38_143685_box7_Incident_Summaries_1-100
Agency: Department of War
Page 23
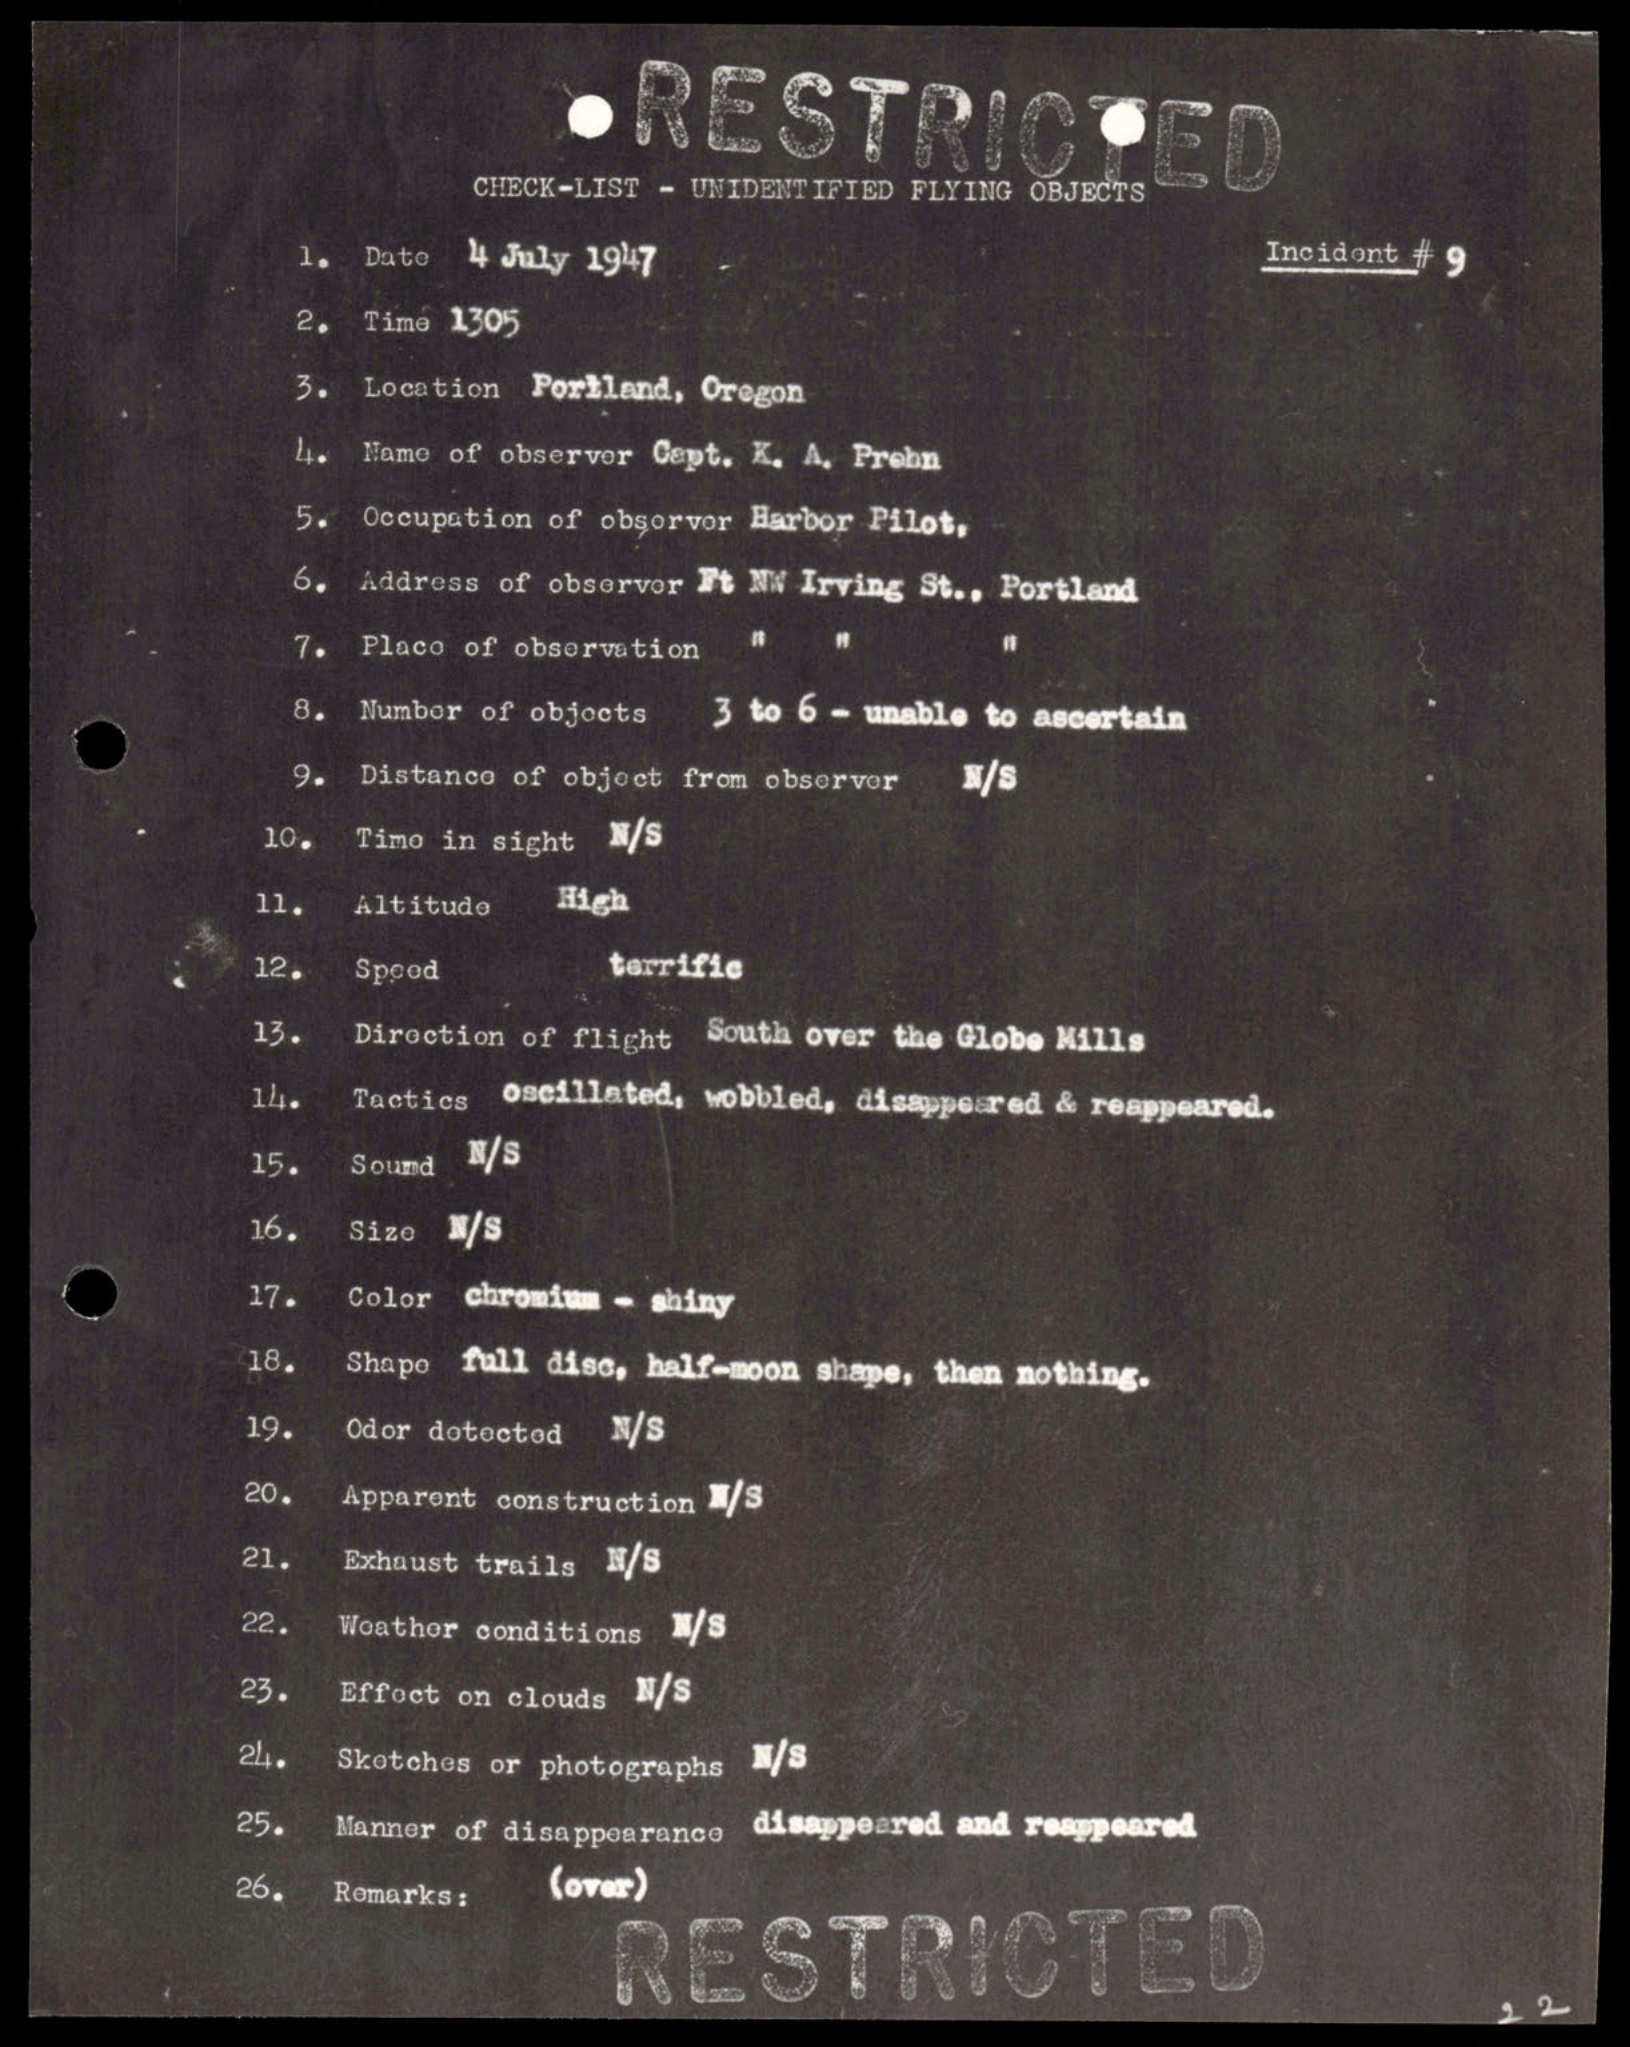